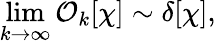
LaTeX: \operatorname*{lim}_{k\to\infty}{\mathcal O}_{k}[\chi]\sim\delta[\chi],